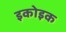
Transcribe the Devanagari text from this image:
इकोइक